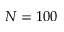
N = 1 0 0